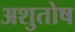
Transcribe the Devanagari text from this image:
अशुतोष